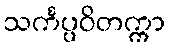
သင်္ကပ္ပဝိတက္ကာ